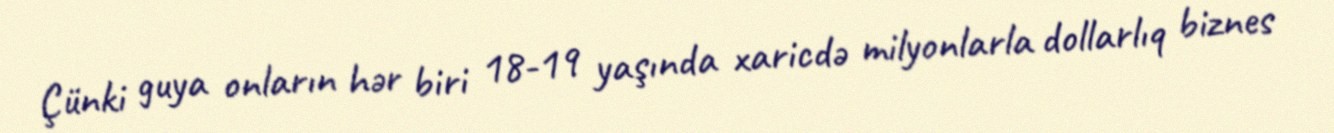
Çünki guya onların hər biri 18-19 yaşında xaricdə milyonlarla dollarlıq biznes